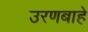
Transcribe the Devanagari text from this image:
उरणबाहे